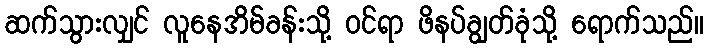
ဆက်သွားလျှင် လူနေအိမ်ခန်းသို့ ဝင်ရာ ဖိနပ်ချွတ်ခုံသို့ ရောက်သည်။